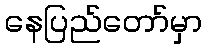
နေပြည်တော်မှာ